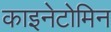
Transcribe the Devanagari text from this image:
काइनेटोमिन